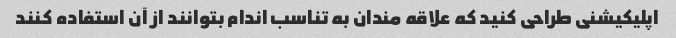
اپلیکیشنی طراحی کنید که علاقه مندان به تناسب اندام بتوانند از آن استفاده کنند